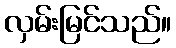
လှမ်းမြင်သည်။